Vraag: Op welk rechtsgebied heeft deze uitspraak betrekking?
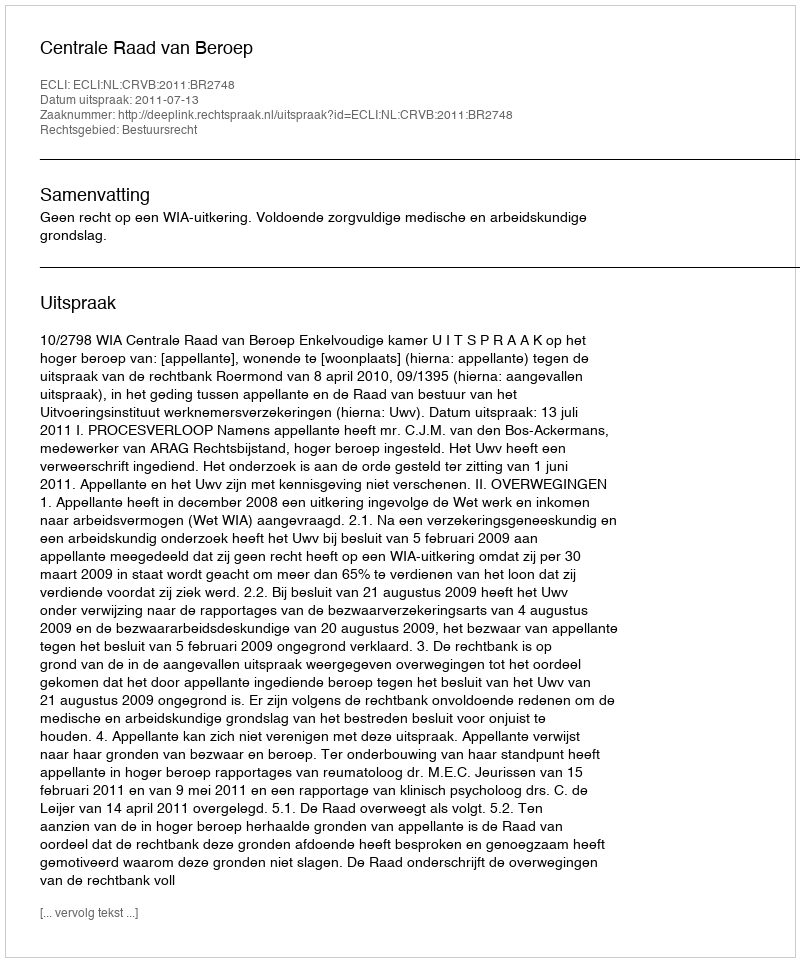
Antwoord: Bestuursrecht